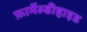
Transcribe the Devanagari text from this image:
फ़ार्मेल्डीहाइड